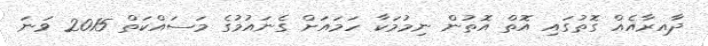
ދާއިރާއެއް ގޮތުގައި އޮތް އޮތުން ނިމުމަކާ ހަމައަށް ގެނައުމުގެ މަސައްކަތް 2015 ވަނަ